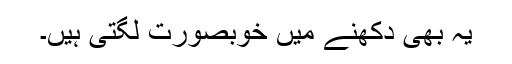
یہ بھی دکھنے میں خوبصورت لگتی ہیں۔